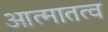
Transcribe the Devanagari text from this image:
आत्मातत्व